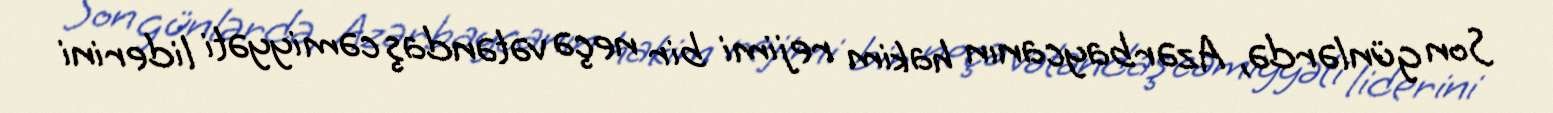
Son günlərdə, Azərbaycanın hakim rejimi bir neçə vətəndaş cəmiyyəti liderini